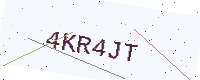
Text: 4KR4JT